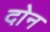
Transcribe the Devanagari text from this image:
दाेन